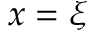
x = \xi